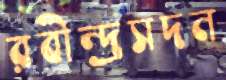
রবীন্দ্রসদন